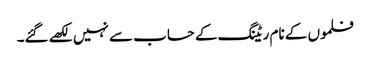
فلموں کے نام ریٹنگ کے حساب سے نہیں لکھے گئے۔